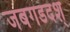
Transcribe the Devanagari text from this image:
जबगडदश्